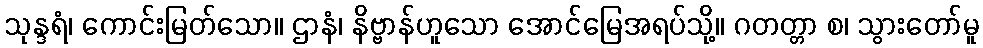
သုန္ဒရံ၊ ကောင်းမြတ်သော။ ဌာနံ၊ နိဗ္ဗာန်ဟူသော အောင်မြေအရပ်သို့။ ဂတတ္တာ စ၊ သွားတော်မူ